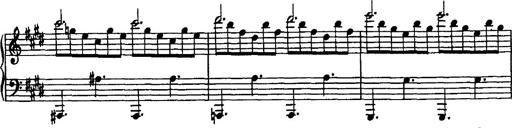
Title: Rondo di bravura
Composer: Franz Liszt